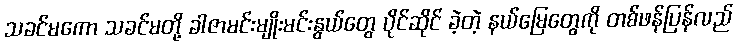
သခင်မကော သခင်မတို့ ခါဇာမင်းမျိုးမင်းနွယ်တွေ ပိုင်ဆိုင် ခဲ့တဲ့ နယ်မြေတွေကို တစ်ဖန်ပြန်လည်